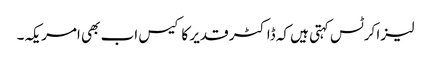
لیزا کرٹس کہتی ہیں کہ ڈاکٹر قدیر کا کیس اب بھی امریکہ۔